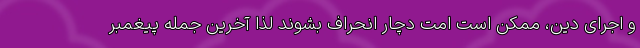
و اجرای دین، ممکن است امت دچار انحراف بشوند لذا آخرین جمله پیغمبر